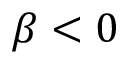
\beta < 0